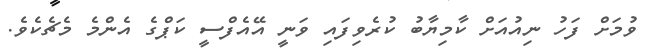
ވުމަށް ފަހު ނިއުއަށް ކާމިޔާބު ކުރެވިފައި ވަނީ އޭއެފްސީ ކަޕްގެ އެންމެ މެޗެކެވެ.